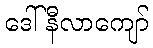
ဒေါ်နီလာကျော်